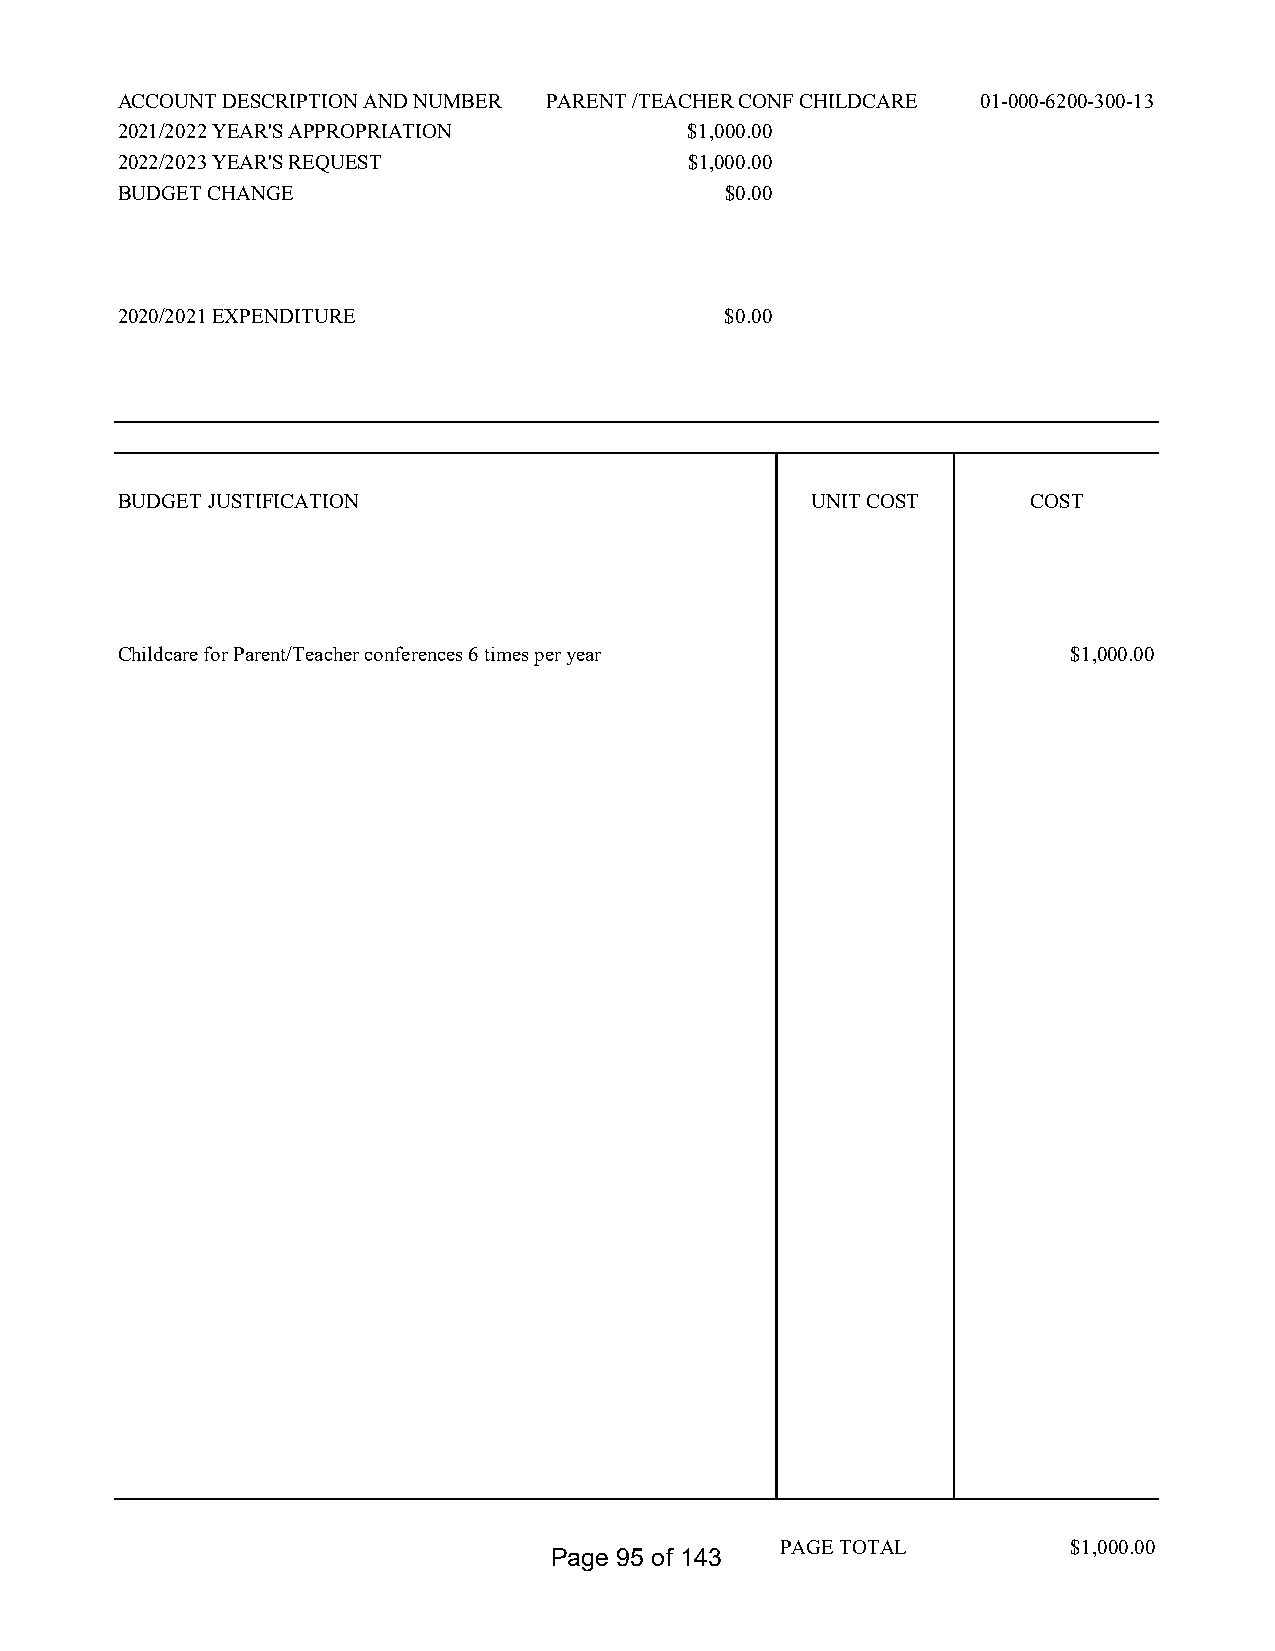
ACCOUNT DESCRIPTION AND NUMBER PARENT /TEACHER CONF CHILDCARE 01-000-6200-300-13
 2021/2022 YEAR'S APPROPRIATION        $1,000.00
 2022/2023 YEAR'S REQUEST              $1,000.00
 BUDGET CHANGE                           $0.00
 2020/2021 EXPENDITURE                   $0.00
 BUDGET JUSTIFICATION                          UNIT COST     COST
 Childcare for Parent/Teacher conferences 6 times per year      $1,000.00
 PAGE TOTAL         $1,000.00
 Page 95 of 143